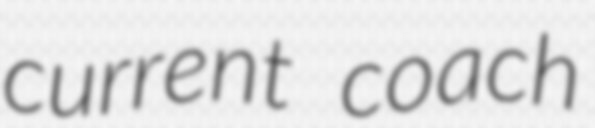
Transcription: current coach